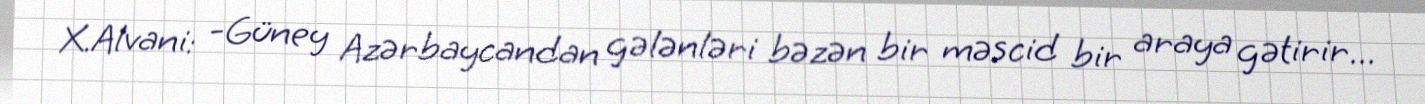
X.Alvani: -Güney Azərbaycandan gələnləri bəzən bir məscid bir araya gətirir...